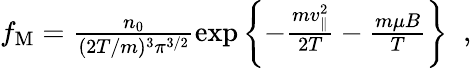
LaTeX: \begin{array}{r}{f_{\mathrm{{M}}}=\frac{n_{0}}{(2T/m)^{3}\pi^{3/2}}\exp\left\{ -\frac{mv_{\| }^{2}}{2T}-\frac{m\mu B}{T}\right\} \; \; ,}\end{array}